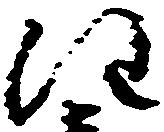
注